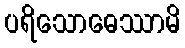
ပရိသောဓေဿာမိ